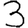
Digit: 3